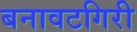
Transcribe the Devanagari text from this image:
बनावटगिरी